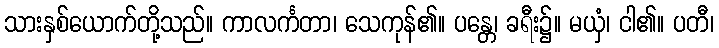
သားနှစ်ယောက်တို့သည်။ ကာလင်္ကတာ၊ သေကုန်၏။ ပန္တေ၊ ခရီး၌။ မယှံ၊ ငါ၏။ ပတီ၊